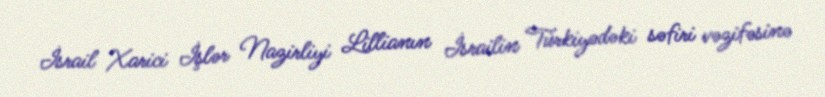
İsrail Xarici İşlər Nazirliyi Lillianın İsrailin Türkiyədəki səfiri vəzifəsinə